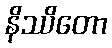
နိဿိတော